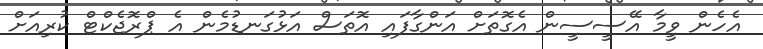
އެހެން ވީމާ އޭސީސީން އެގޮތަށް އަންގާފައި އޮތަސް އަޅުގަނޑުމެން އެ ޕްރޮޖެކްޓް ކުރިއަށް